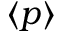
\langle p \rangle